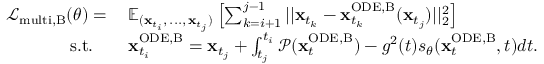
\begin{array} { r l } { \mathcal { L } _ { \mathrm { m u l t i , B } } ( \theta ) = \: } & { \mathbb { E } _ { ( \mathbf { x } _ { t _ { i } } , \, . . . , \, \mathbf { x } _ { t _ { j } } ) } \left[ \sum _ { k = i + 1 } ^ { j - 1 } | | \mathbf { x } _ { t _ { k } } - \mathbf { x } _ { t _ { k } } ^ { \mathrm { O D E , B } } ( \mathbf { x } _ { t _ { j } } ) | | _ { 2 } ^ { 2 } \right] } \\ { \mathrm { s . t . } \quad } & { \mathbf { x } _ { t _ { i } } ^ { \mathrm { O D E , B } } = \mathbf { x } _ { t _ { j } } + \int _ { t _ { j } } ^ { t _ { i } } \mathcal { P } ( \mathbf { x } _ { t } ^ { \mathrm { O D E , B } } ) - g ^ { 2 } ( t ) s _ { \theta } ( \mathbf { x } _ { t } ^ { \mathrm { O D E , B } } , t ) d t . } \end{array}